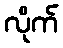
လိုက်